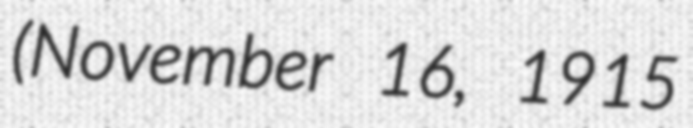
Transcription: (November 16, 1915